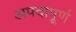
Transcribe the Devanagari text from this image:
अपदापूर्ण